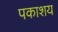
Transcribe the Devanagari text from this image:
पकाशय